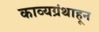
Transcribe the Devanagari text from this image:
काव्यग्रंथाहून